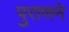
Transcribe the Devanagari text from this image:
पुराणने